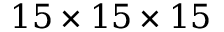
1 5 \times 1 5 \times 1 5